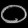
Digit: ၀